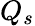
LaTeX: Q_{s}